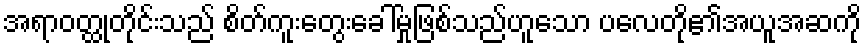
အရာဝတ္ထုတိုင်းသည် စိတ်ကူးတွေးခေါ်မှုဖြစ်သည်ဟူသော ပလေတို၏အယူအဆကို